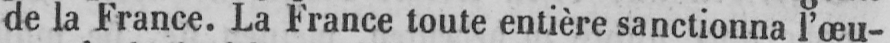
de la France. La France toute entière sanctionna l’œu-